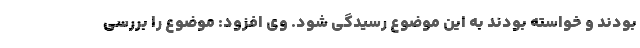
بودند و خواسته بودند به این موضوع رسیدگی شود. وی افزود: موضوع را بررسی